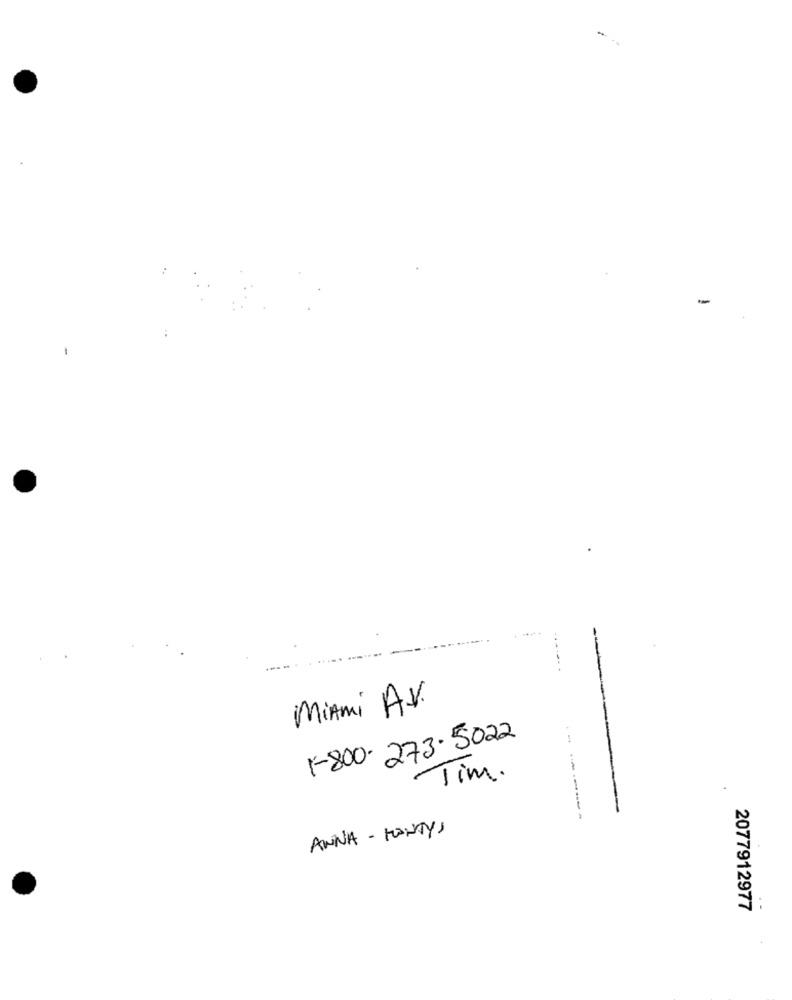
-
Miami AV.
1-800- 273-5022
Tim.
----.
ANNA - MANTYS
2077912977